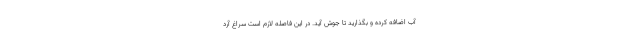
آب اضافه کرده و بگذارید تا جوش آید. در این فاصله لازم است سراغ آرد